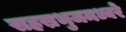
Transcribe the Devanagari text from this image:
सहस्रभुजमध्वरे